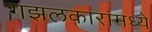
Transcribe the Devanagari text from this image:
गझलकारांमध्ये